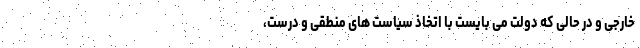
خارجی و در حالی که دولت می بایست با اتخاذ سیاست های منطقی و درست،